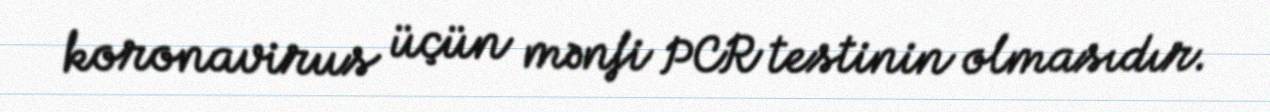
koronavirus üçün mənfi PCR testinin olmasıdır.